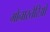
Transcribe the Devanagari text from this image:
मोनास्तेरिओ